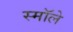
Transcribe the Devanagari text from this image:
स्मॉले